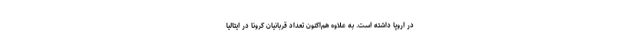
در اروپا داشته است. به علاوه هم‌اکنون تعداد قربانیان کرونا در ایتالیا